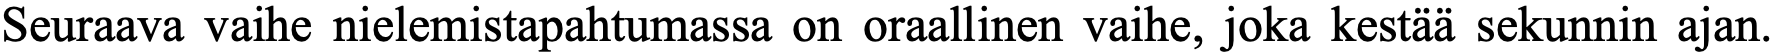
Seuraava vaihe nielemistapahtumassa on oraallinen vaihe, joka kestää sekunnin ajan.